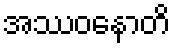
အဿဝနောတိ